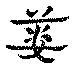
簍